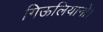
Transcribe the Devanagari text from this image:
गिऊलियानो।